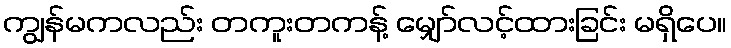
ကျွန်မကလည်း တကူးတကန့် မျှော်လင့်ထားခြင်း မရှိပေ။